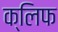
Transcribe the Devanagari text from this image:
क्‍लिफ